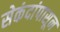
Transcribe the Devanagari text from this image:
सेकंदांपासून